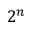
2 ^ { n }